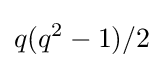
q(q^{2}-1)/2